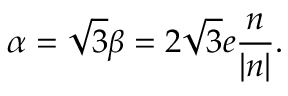
\alpha = \sqrt { 3 } \beta = 2 \sqrt { 3 } e \frac { n } { | n | } .